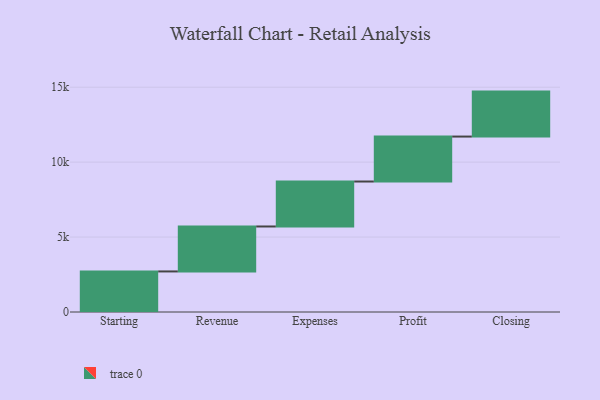
{"axis": {"x": "Step", "y": "Value"}, "legend": [""], "data": [{"x": "Starting", "y": 2706.0, "type": ""}, {"x": "Revenue", "y": 3000, "type": ""}, {"x": "Expenses", "y": 3000, "type": ""}, {"x": "Profit", "y": 3000, "type": ""}, {"x": "Closing", "y": 3000, "type": ""}]}